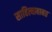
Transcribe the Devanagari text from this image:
साहित्याबाबत